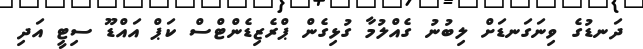
ދަނޑުގެ ވިނަގަނޑަށް ލިބުނު ގެއްލުމާ ގުޅިގެން ޕްރެޒިޑެންޓްސް ކަޕް އައްޑޫ ސިޓީ އަދި